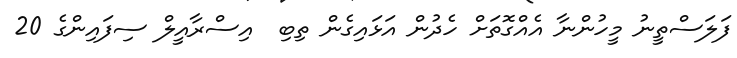
ފަލަސްތީނު މީހުންނާ އެއްގޮތަށް ހެދުން އަޅައިގެން ތިބި  އިސްރާއީލް ސިފައިންގެ 20